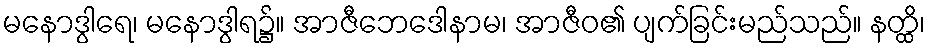
မနောဒွါရေ၊ မနောဒွါရ၌။ အာဇီဘေဒေါနာမ၊ အာဇီဝ၏ ပျက်ခြင်းမည်သည်။ နတ္ထိ၊